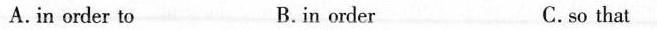
A. in order to B.in order C.so that